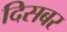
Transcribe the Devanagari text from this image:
दिसबर